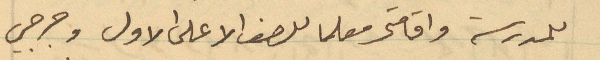
للمدرسة واقامه معلما للصف الأعلى الأول وجرجي